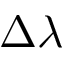
\Delta \lambda